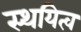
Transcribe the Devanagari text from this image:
स्थयित्व